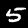
Label: 5